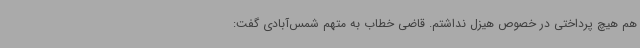
هم هیچ پرداختی در خصوص هیزل نداشتم. قاضی خطاب به متهم شمس‌آبادی گفت: